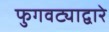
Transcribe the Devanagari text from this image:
फुगवट्याद्वारे